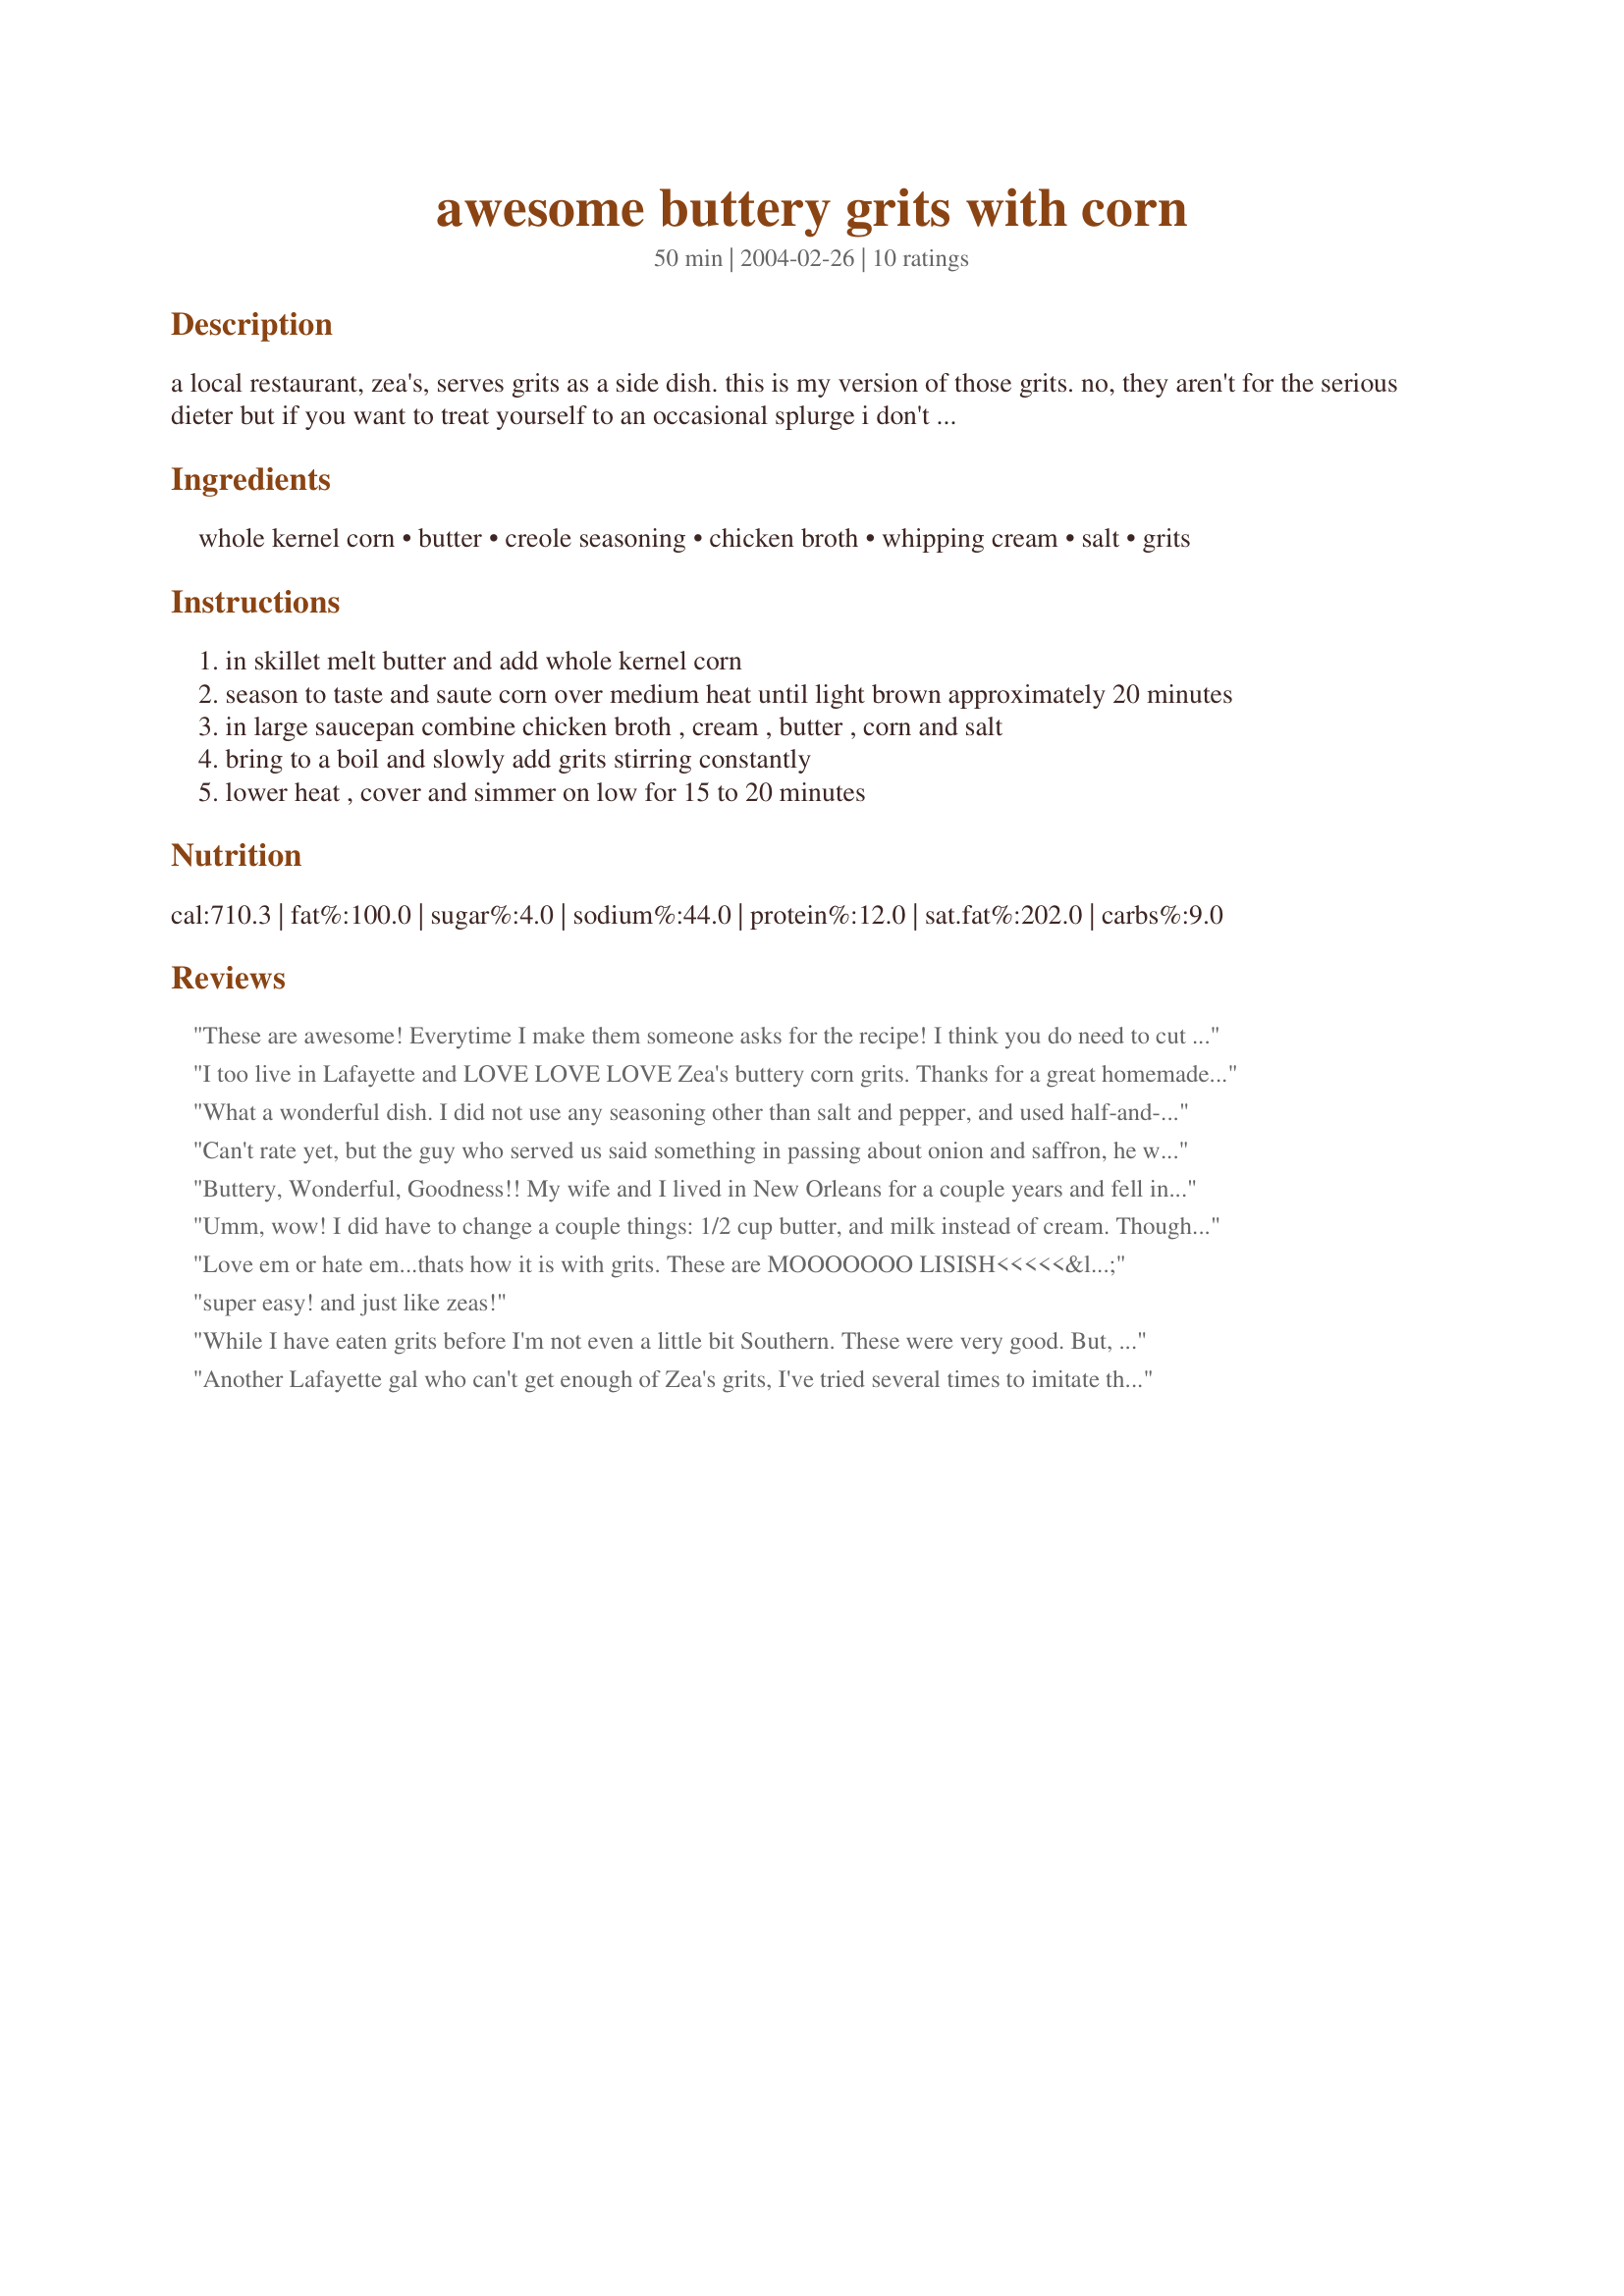
awesome buttery grits with corn
Preparation time: 50 minutes

a local restaurant, zea's, serves grits as a side dish. this is my version of those grits. no, they aren't for the serious dieter but if you want to treat yourself to an occasional splurge i don't think you will be disappointed. note: you may want to start off just using 1/2 cup of butter. some people find 1 cup to be a little too much. you can always add more if you like.

Ingredients:
whole kernel corn, butter, creole seasoning, chicken broth, whipping cream, salt, grits

Steps:
in skillet melt butter and add whole kernel corn
season to taste and saute corn over medium heat until light brown approximately 20 minutes
in large saucepan combine chicken broth , cream , butter , corn and salt
bring to a boil and slowly add grits stirring constantly
lower heat , cover and simmer on low for 15 to 20 minutes

Reviews:
These are awesome! Everytime I make them someone asks for the recipe! I think you do need to cut the butter back to 1/2 cup like it says. Using a little Tony's to season the corn makes it just a little more special! These are the bomb!
I too live in Lafayette and LOVE LOVE LOVE Zea's buttery corn grits. Thanks for a great homemade version!!!
What a wonderful dish. I did not use any seasoning other than salt and pepper, and used half-and-half instead of whipping cream. I sauteed the corn, melted the butter and then put everything in the rice cooker. I added some more grits, because the rice cooker conserves liquid (or could have reduced the broth/cream). The rice cooker is great because you don't have to stand and stir or worry about the pot boiling over. I am going to try reducing the butter by half next time, as I suspect it will work well and the calorie saving will be substantial. Update: I made this again, using 1% milk and a total of 2 oz. butter for half the recipe. I used 1 cup of corn, again for half the recipe. It's still really good. Is the version using cream better - well, yes. But the reduced fat version is still very very good, and I can indulge in that one more often. I liked having more corn, as this really was what attracted me to this dish.
Can't rate yet, but the guy who served us said something in passing about onion and saffron, he was vague, but he seemed to like us enough to throw us something. I will probably try a little of each, can't hurt.Hope this helps, I will review with the changes, soon! 
 I did use a small amount of green onion, like 1 stalk finely chopped and sauteed with the corn- very good addition. I cut back on the butter to a half cup and didn't even notice, this was my second time, my first review failed to post.
Buttery, Wonderful, Goodness!! 
My wife and I lived in New Orleans for a couple years and fell in love with Zea's.. I have tried several "Corn Grit" recipes online but FINALLY I found "The One".. I did roast my corn on the grill first with some butter (ha ha) and Tony Chachere sprinkled on it.. I also thinly sliced 1 green onion and added it as I was stirring in the grits.. PERFECT!! Thanks Luby
Umm, wow! I did have to change a couple things: 1/2 cup butter, and milk instead of cream. Though I must say, I can't imagine it being any more decadent than it was - even with the changes! I think next time I am going to double the amount of corn and double the amount of garlic pepper seasoning and creole seasoning that I originally used (I was being far too cautious during this trial round). Both pair really well with this dish! Thanks for such a tasty treat! I will never look at grits the same ;)
Love em or hate em...thats how it is with grits. These are MOOOOOOO LISISH<<<<<<
Thanks
super easy! and just like zeas!
While I have eaten grits before I'm not even a little bit Southern. These were very good. But, as expected, the butter broke out of the grits. I find it hard to believe that this isn't supposed to happen and the butter did separate early on in the cooking process. This didn't keep them from being delicious though. 

I was a chef for many years and I'm no stranger to cooking polenta or corn meal mush. I have no fear to practically any amount of butter in a dish, I just prefer that it not break out of the mixture. 

I didn't make the dish exactly according to recipe. I didn't have any more chicken broth, either fresh or canned so I had to make do with a chicken base. I only had about 1 1/4 cups of cream so I made up the difference with whole milk. I used course grits/polenta made from yellow corn. I also took the two Tbs. of butter for the corn from the 1 cup of butter for the grits. I also didn't add the Creole seasoning even though I had some because I really love the flavor of corn by itself. None of these should cause the breaking of the butter from the grits. 

Despite the puddles of butter this was delicious and my 9 and 12 year olds loved it. In the past I've made many batches of Italian polenta and it's essentially the same thing but with different ingredients added. I've never had butter or olive oil break out of a batch of polenta but then again, I've never used equal parts fat and polenta. ;~} Sure was good though!

Bruce
Another Lafayette gal who can't get enough of Zea's grits, I've tried several times to imitate them, always come up short. These are very very close!! Thanks Luby!
